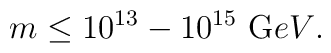
m  \le 10^{13} - 10^{15} ~{\mbox GeV}.